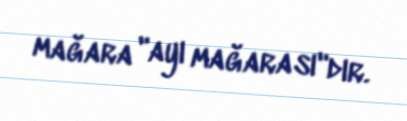
mağara "ayı mağarası"dır.